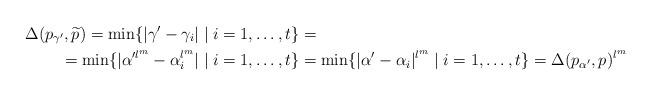
LaTeX: \begin{align*}\Delta(p_{\gamma'},\widetilde{p})=\min\{|\gamma'-\gamma_i| \mid i=1,\ldots,t\}&=\\ =\min\{|\alpha'^{l^m}-\alpha_i^{l^m}| \mid i=1,\ldots,t\}&=\min\{|\alpha'-\alpha_i|^{l^m} \mid i=1,\ldots,t\}=\Delta(p_{\alpha'},p)^{l^m}\end{align*}